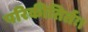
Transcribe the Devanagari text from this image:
परिकीतिर्तः।